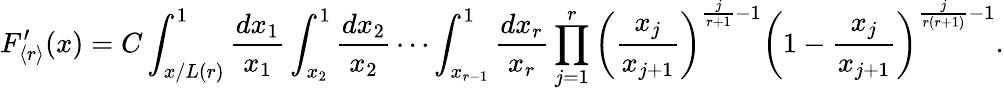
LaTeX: F_{\langle r\rangle}^{\prime}(x)=C\int_{x/L(r)}^{1}\frac{dx_{1}}{x_{1}}\int_{x_{2}}^{1}\frac{dx_{2}}{x_{2}}\cdots\int_{x_{r-1}}^{1}\frac{dx_{r}}{x_{r}}\prod_{j=1}^{r}\left(\frac{x_{j}}{x_{j+1}}\right)^{\frac{j}{r+1}-1}\left(1-\frac{x_{j}}{x_{j+1}}\right)^{\frac{j}{r(r+1)}-1}.